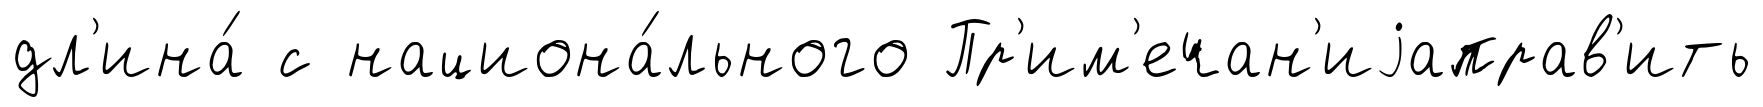
дл'ина́ с национа́льного Пр'им'ечан'иjаправ'ить